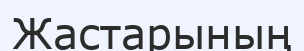
Жастарының